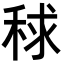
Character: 𥟇